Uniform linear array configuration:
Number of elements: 12
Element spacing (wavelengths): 0.25
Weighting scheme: hann
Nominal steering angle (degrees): -45
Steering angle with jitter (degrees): -45.14
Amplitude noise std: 0.05
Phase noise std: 0.05

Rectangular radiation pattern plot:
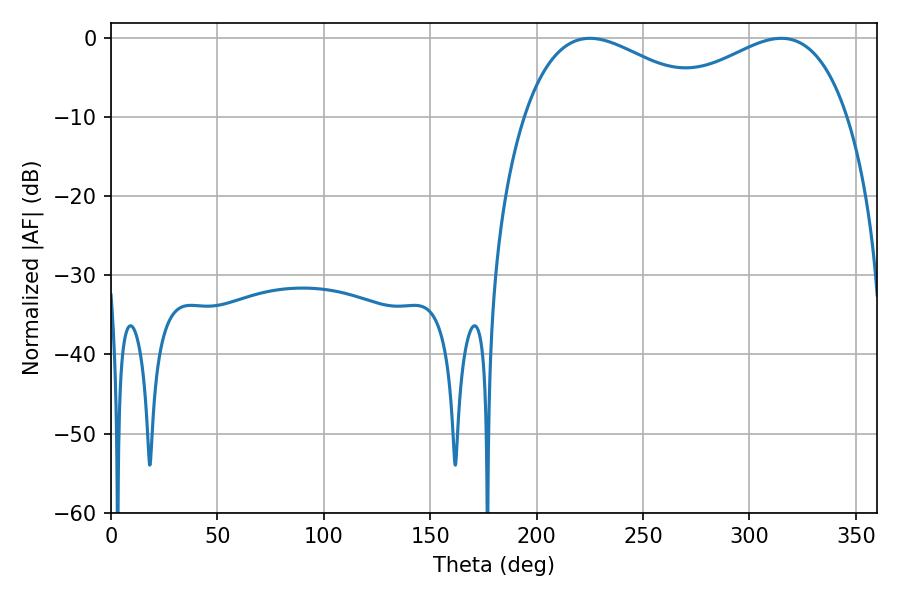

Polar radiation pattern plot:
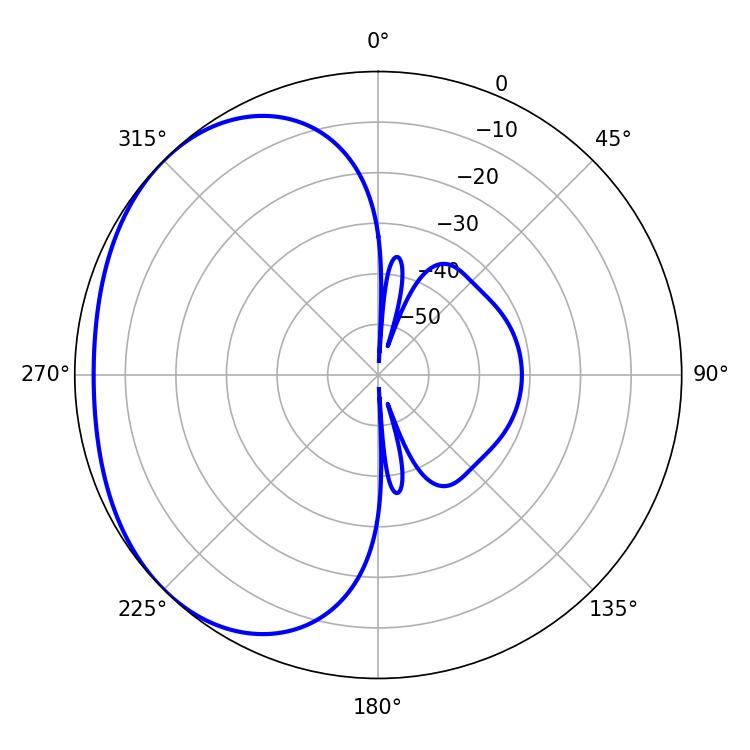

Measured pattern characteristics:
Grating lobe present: FALSE
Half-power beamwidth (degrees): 49.68
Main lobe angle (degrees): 225